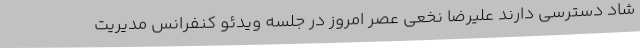
شاد دسترسی دارند علیرضا نخعی عصر امروز در جلسه ویدئو کنفرانس مدیریت